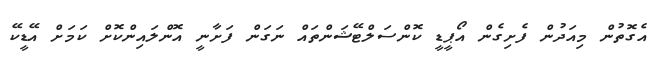
އެގޮތުން މިއަދުން ފެށިގެން އޯޕީޑީ ކޮންސަލްޓޭޝަންތައް ނަގަން ފަށާނީ އޮންލައިންކޮށް ކަމަށް އޭޑީކޭ